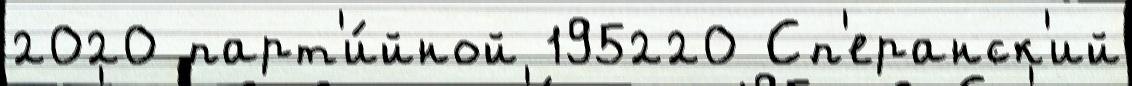
2020 парт'и́йной 195220 Сп'еранск'ий